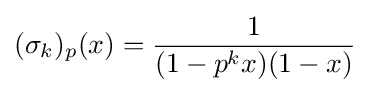
(\sigma _{k})_{p}(x)={\frac {1}{(1-p^{k}x)(1-x)}}